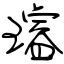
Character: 璿